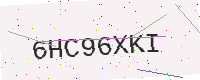
Text: 6HC96XKI